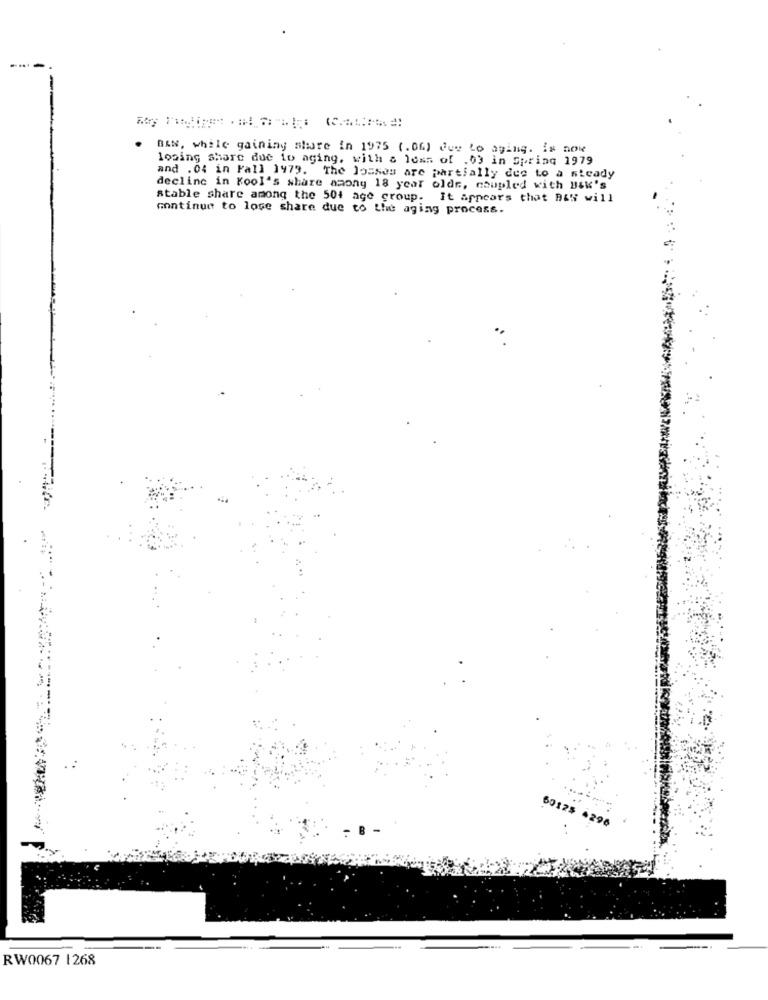
---
BAN, while gaining aire in 1975 (.06) Vue Lo aging. is now
losing share due io aging, with a less of , 03 in Spring 1979
and . O: in Fall 1479. The losses are partially due to a steady
decline in Kool's share asony 18 year oldr, coupled with U&k's
stable share among the 504 age group. It appears that BENi will
continue to lose share due to the aging process.
60125 4298
RW0067 1268